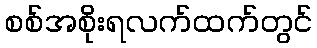
စစ်အစိုးရလက်ထက်တွင်